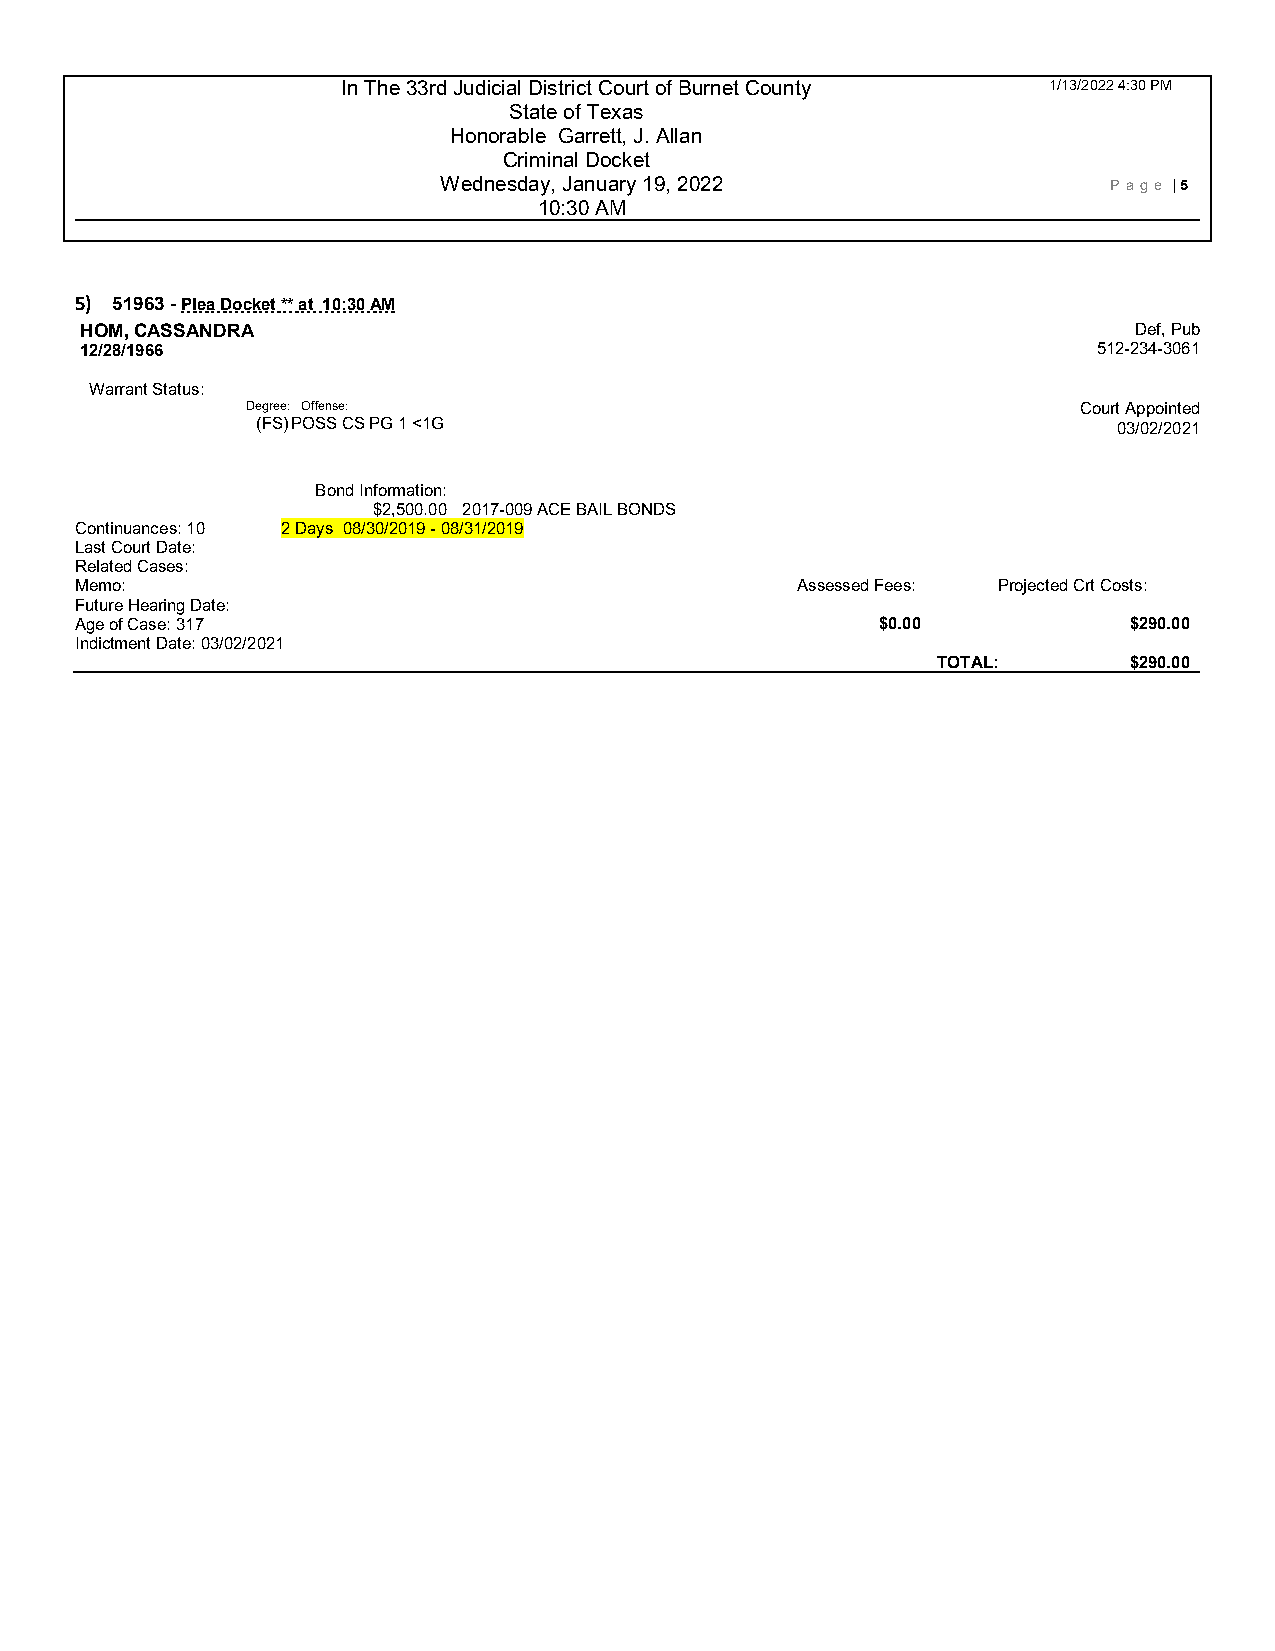
In The 33rd Judicial District Court of Burnet County 1/13/2022 4:30 PM
 State of Texas
 Honorable Garrett, J. Allan
 Criminal Docket
 Wednesday, January 19, 2022                 P age | 5
 10:30 AM
 5) 51963 - Plea Docket ** at 10:30 AM
 HOM, CASSANDRA                                                        Def, Pub
 12/28/1966                                                          512-234-3061
 Warrant Status:
 Degree: Offense:                                       Court Appointed
 (FS) POSS CS PG 1 <1G                                    03/02/2021
 Bond Information:
 $2,500.00 2017-009 ACE BAIL BONDS
 Continuances: 10 2 Days 08/30/2019 - 08 /31/2019
 Last Court Date:
 Related Cases:
 Memo:                                           Assessed Fees: Projected Crt Costs:
 Future Hearing Date:
 Age of Case: 317                                     $0.00            $290.00
 Indictment Date: 03/02/2021
 TOTAL:       $290.00